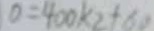
0 = 4 0 0 k _ { 2 } + 6 0